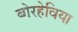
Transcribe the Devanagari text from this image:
बोरहेविया